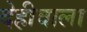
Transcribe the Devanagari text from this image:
देहीवाला